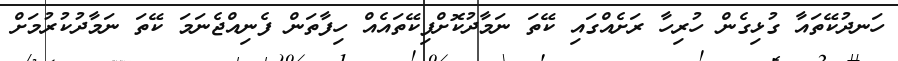
ހަނދުކޭތައާ ގުޅިގެން ހުރިހާ ރަށެއްގައި ކޭތަ ނަމާދުކޮށްފިކޭތައެއް ހިފާތަން ފެނިއްޖެނަމަ ކޭތަ ނަމާދުކުރުމަށް